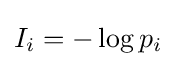
{\textstyle I_{i}=-\log p_{i}}